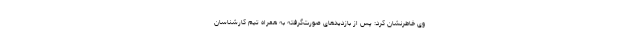
وی خاطرنشان کرد: پس از بازدیدهای صورت‌گرفته به همراه تیم کارشناسان